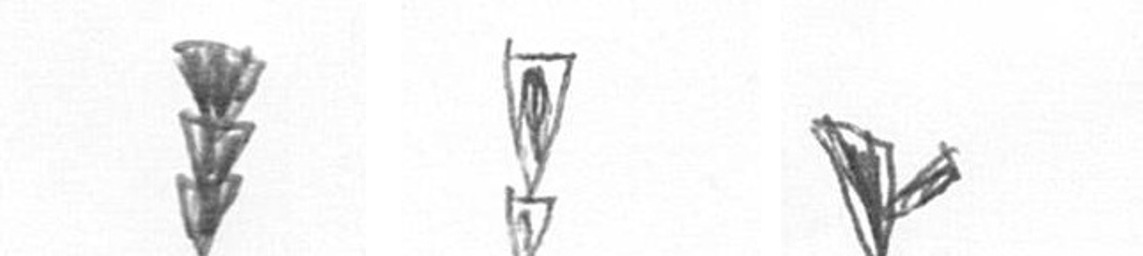
E Z F